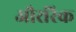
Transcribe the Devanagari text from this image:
औररिक